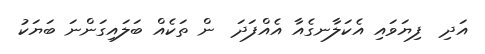
އަދި  ފިޔަވައި އެކަލާނގެއާ އެއްފަދަ  ން ތަކެއް ބަލައިގަންނަ ބަޔަކު